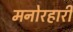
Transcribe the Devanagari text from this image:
मनोरहारी